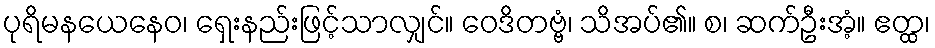
ပုရိမနယေနေဝ၊ ရှေးနည်းဖြင့်သာလျှင်။ ဝေဒိတဗ္ဗံ၊ သိအပ်၏။ စ၊ ဆက်ဦးအံ့။ ဧတ္ထ၊